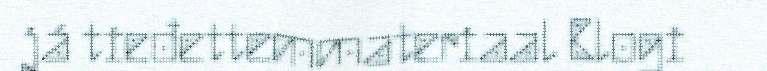
já tieđettemmateriaal Blogi